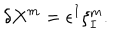
\delta X ^ { m } = \epsilon ^ { I } \xi _ { I } ^ { m } .